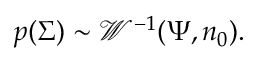
p ( { \boldsymbol { \Sigma } } ) \sim { \mathcal { W } } ^ { - 1 } ( { \boldsymbol { \Psi } } , n _ { 0 } ) .